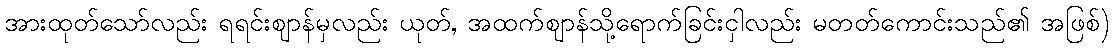
အားထုတ်သော်လည်း ရရင်းဈာန်မှလည်း ယုတ်, အထက်ဈာန်သို့ရောက်ခြင်းငှါလည်း မတတ်ကောင်းသည်၏ အဖြစ်)